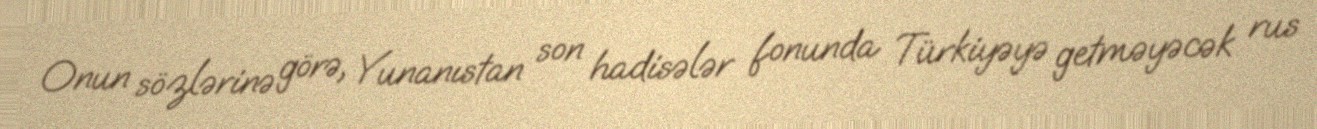
Onun sözlərinə görə, Yunanıstan son hadisələr fonunda Türkiyəyə getməyəcək rus